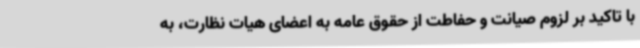
با تاکید بر لزوم صیانت و حفاطت از حقوق عامه به اعضای هیات نظارت، به